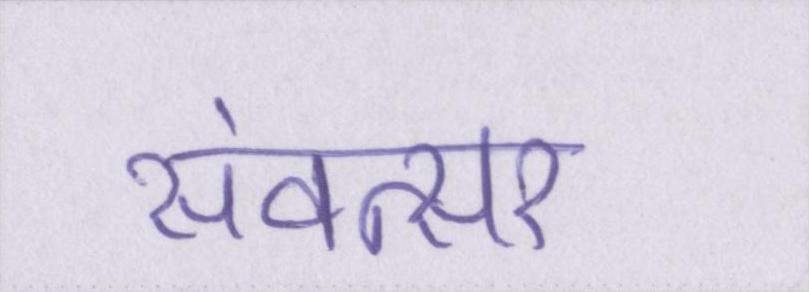
संवत्सर